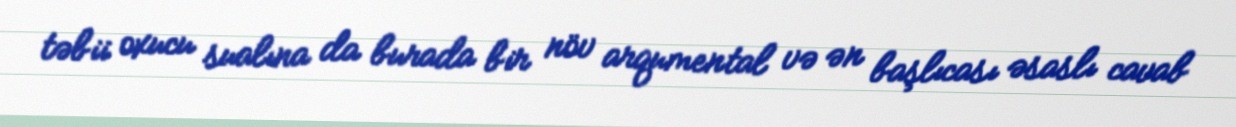
təbii oxucu sualına da burada bir növ arqumental və ən başlıcası əsaslı cavab